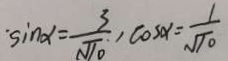
\cdot \sin \alpha = \frac { 3 } { \sqrt { 1 0 } } , \cos \alpha = \frac { 1 } { \sqrt { 1 0 } }